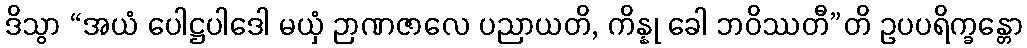
ဒိသွာ “အယံ ပေါဋ္ဌပါဒေါ မယှံ ဉာဏဇာလေ ပညာယတိ, ကိန္နု ခေါ ဘဝိဿတီ”တိ ဥပပရိက္ခန္တော